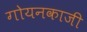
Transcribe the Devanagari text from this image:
गोयनकाजी